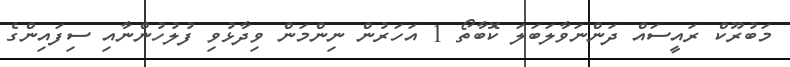
މަބުރޫކް ރައީސައް ދަންނަވާލަބަލަ ކޮބާތޯ 1 އަހަރުން ނިންމަން ވިދާޅުވި ފުލުހުންނާއި ސިފައިންގެ